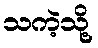
သကဲ့သို့